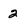
Character: 2